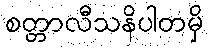
စတ္တာလီသနိပါတမှိ